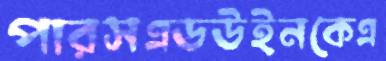
পারসএডউইনকেএ